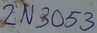
Text: 2N3053